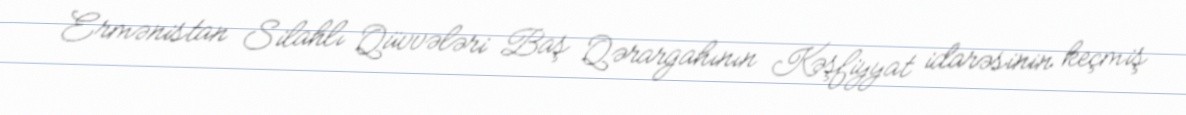
Ermənistan Silahlı Qüvvələri Baş Qərargahının Kəşfiyyat idarəsinin keçmiş